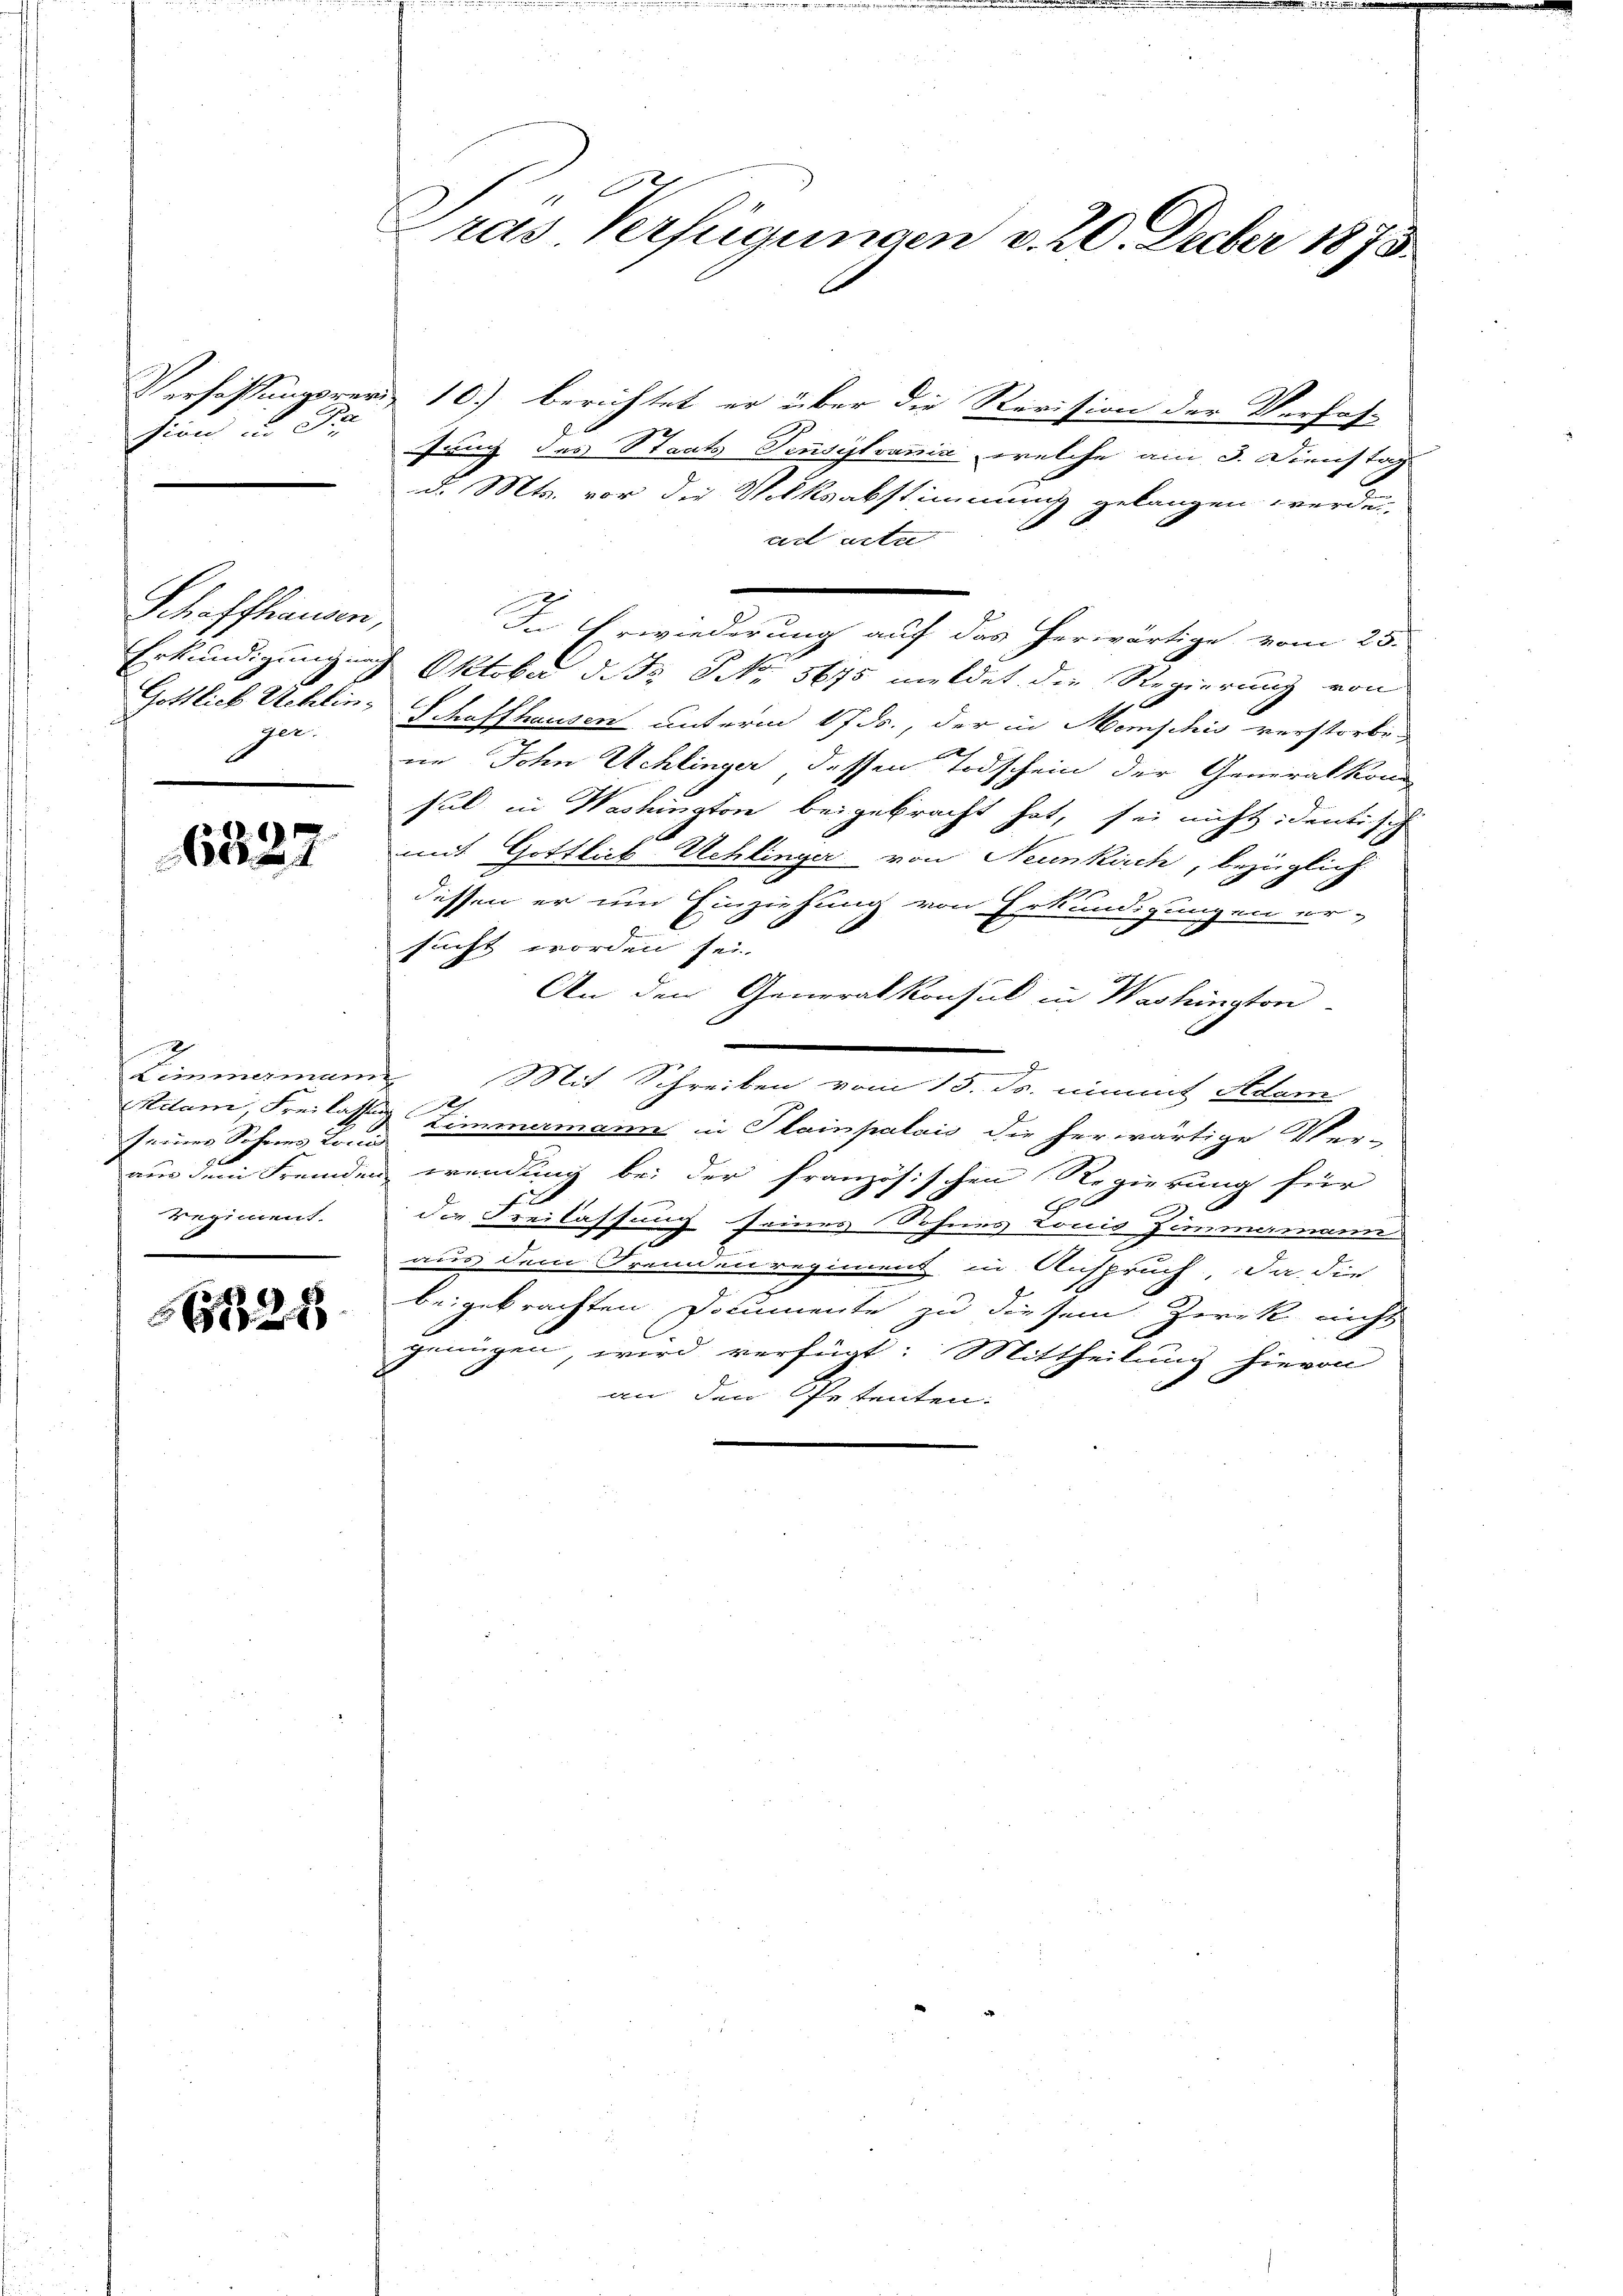
sion u. Da

Schaffhausen,
ger

6327

2
Limmamung
dam, Freilassung
Regiment.

6328

E
ras. Verfügungen v. 20. Decber 1873.

Verfassungsrer 10.) berichtet er über die Revision der Verfahfung des Staats Pensilvania, welche am 3. Dienstag
d. Mts. vor die Volksabstimmung gelangen werden,
ad acte
In Erwiederung auf das herwärtige vom 25.
Erkundigungung Oktober d. S. Nr. 5675 meldet die Regierung von
Gottlich Schlins Schaffhausen unterm 17. ds., der in Menschis verstorbe
t
ne John Schlinger dessen Todschein der Generalkom
sul in Washington beigebracht hat, sei nicht dentisch
mit Gottlich Uehlinger von Neunkirch, bezüglich
dessen er um Einziehung von Erkundigungen er-
sucht worden sei.
An den Generalkonsul in Washington
Mit Schreiben vom 15. ds. nimmt Adam
seiner Sohnes Land Zimmermann in Plainpalais die herwärtige Ver-
aus dem Fremden wendung bei der französischen Regierung für
6
die Freilassung seines Sohnes Louis Zimmamann
aus dem Fremdenregiment, in Anspruch, da die
.
beigebrachten Documente zu diesem Zweck nicht
genügen wird verfügt: Mittheilung hievon
an den Spetenten.